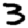
Digit: 3